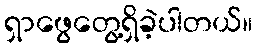
ရှာဖွေတွေ့ရှိခဲ့ပါတယ်။